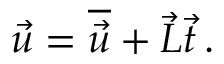
\vec { u } = \overline { { \vec { u } } } + \vec { L } \vec { t } \, .